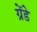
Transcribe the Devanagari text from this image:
ग्रेंडे